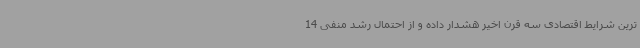
ترین شرایط اقتصادی سه قرن اخیر هشدار داده و از احتمال رشد منفی 14